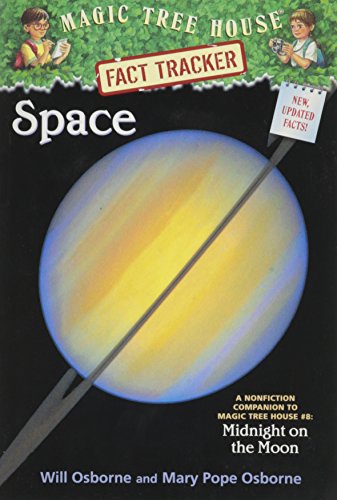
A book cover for Space (Magic Tree House Research Guide); Mary Pope Osborne; Children's Books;